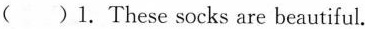
( )1.These socks are beautiful.